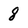
Character: 8